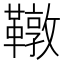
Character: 䪃